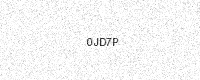
Text: 0JD7P